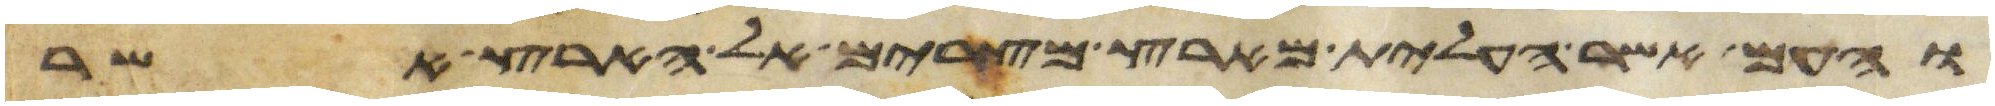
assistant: והעם אשר העלית מארץ מצרים אל הארץ אשר